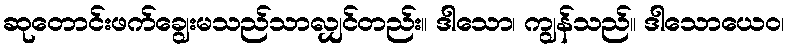
ဆုတောင်းဖက်ချွေးမသည်သာလျှင်တည်း။ ဒါသော၊ ကျွန်သည်။ ဒါသောယေဝ၊